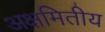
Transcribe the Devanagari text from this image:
अक्षमितीय